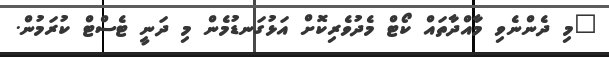
"މި ދެންނެވި މާއްދާތައް ކޯޓް މެދުވެރިކޮށް އަޅުގަނޑުމެން މި ދަނީ ޓެސްޓް ކުރަމުން.